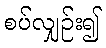
စပ်လျှဉ်း၍